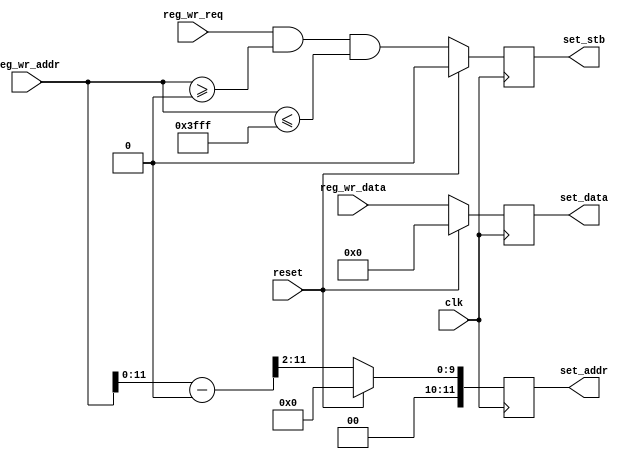
/////////////////////////////////////////////////////////////////////
//
// Copyright 2017 Ettus Research, A National Instruments Company
//
// SPDX-License-Identifier: LGPL-3.0-or-later
//
// Module: regport_to_settingsbus
// Description:
//   Converts regport write bus to the a setting bus
//   ADDRESSING: Set to "WORD" in case of settings bus. The settings bus
//   uses word addressing and hence the address needs to be shifted by
//   to convert to set_addr.
//
/////////////////////////////////////////////////////////////////////

module regport_to_settingsbus #(
  parameter BASE   = 14'h0,
  parameter END_ADDR = 14'h3FFF,
  parameter DWIDTH = 32,
  parameter AWIDTH = 14,
  parameter SR_AWIDTH = 12,
  // Dealign for settings bus by shifting by 2
  parameter ADDRESSING = "WORD",
  parameter SHIFT = $clog2(DWIDTH/8)
)(
  input reset,
  input clk,
  input reg_wr_req,
  input [AWIDTH-1:0] reg_wr_addr,
  input [DWIDTH-1:0] reg_wr_data,

  output reg set_stb,
  output reg [SR_AWIDTH-1:0] set_addr,
  output reg [DWIDTH-1:0] set_data
);

  wire set_stb_int;
  wire [DWIDTH-1:0] set_data_int;
  wire [SR_AWIDTH-1:0] set_addr_base;
  wire [SR_AWIDTH-1:0] set_addr_int;

  // Strobe asserted only when address is between BASE and END ADDR
  assign set_stb_int = reg_wr_req && (reg_wr_addr >= BASE) && (reg_wr_addr <= END_ADDR);
  assign set_addr_base = reg_wr_addr - BASE;
  // Shift by 2 in case of setting bus
  assign set_addr_int = (ADDRESSING == "WORD") ? {{SHIFT{1'b0}}, set_addr_base[SR_AWIDTH-1:SHIFT]}
                                               : set_addr_base[SR_AWIDTH-1:0];
  assign set_data_int = reg_wr_data;

  // Adding a pipeline stage
  always @(posedge clk) begin
    if (reset) begin
      set_stb  <= 'b0;
      set_addr <= 'h0;
      set_data <= 'h0;
    end else begin
      set_stb  <= set_stb_int;
      set_addr <= set_addr_int;
      set_data <= set_data_int;
    end
  end

endmodule // regport_to_settingsbus